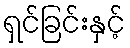
ရှင်ခြင်းနှင့်